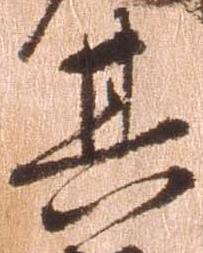
其